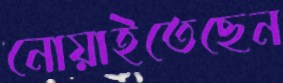
নোয়াইতেছেন